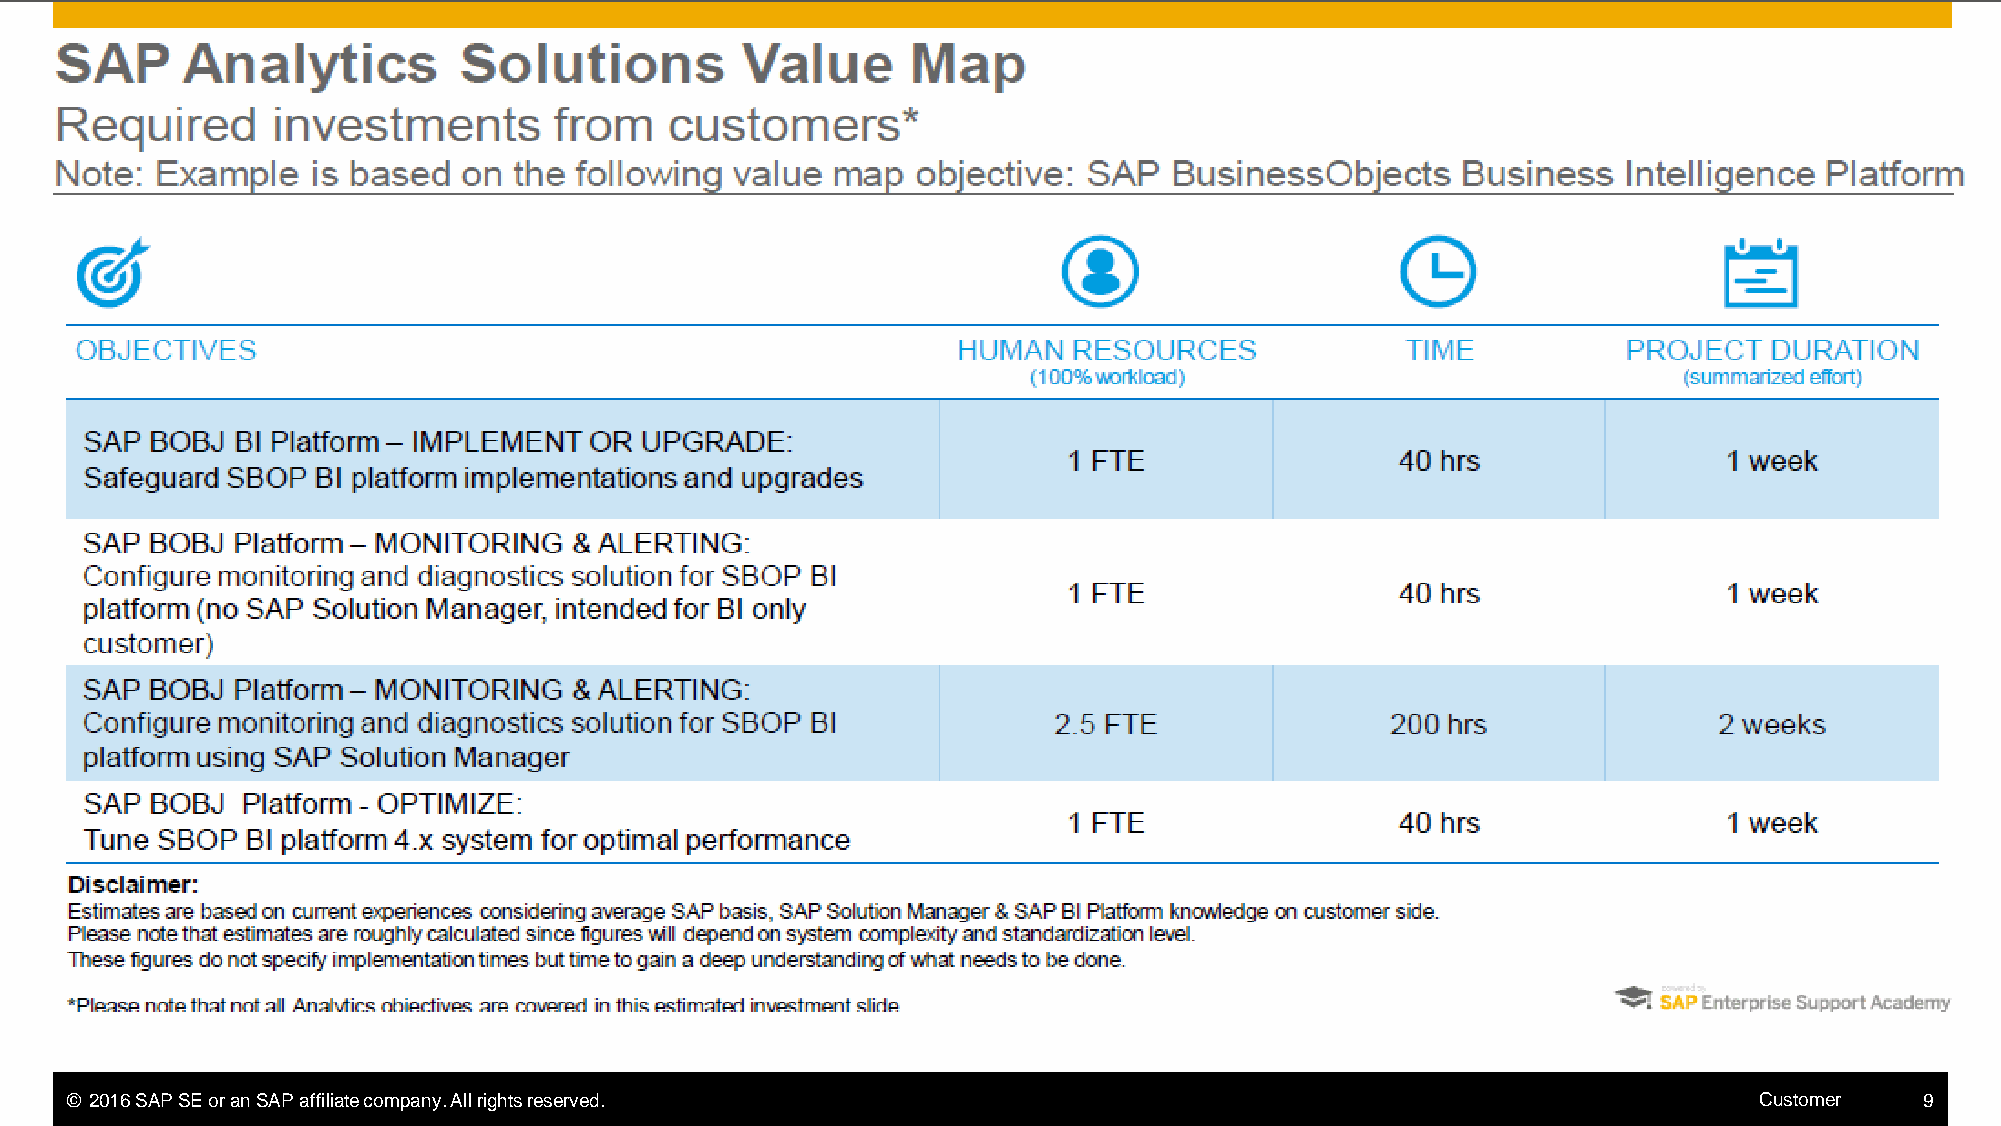
© 2016 SAP SE or an SAP affiliate company. All rights reserved.                                                 Customer   9